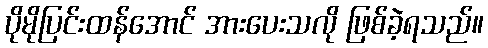
ပိုမိုပြင်းထန်အောင် အားပေးသလို ဖြစ်ခဲ့ရသည်။